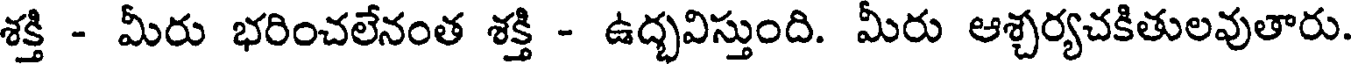
శక్తి - మీరు భరించలేనంత శక్తి - ఉద్భవిస్తుంది. మీరు ఆశ్చర్యచకితులవుతారు.